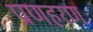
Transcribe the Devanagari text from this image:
प्राणहरण